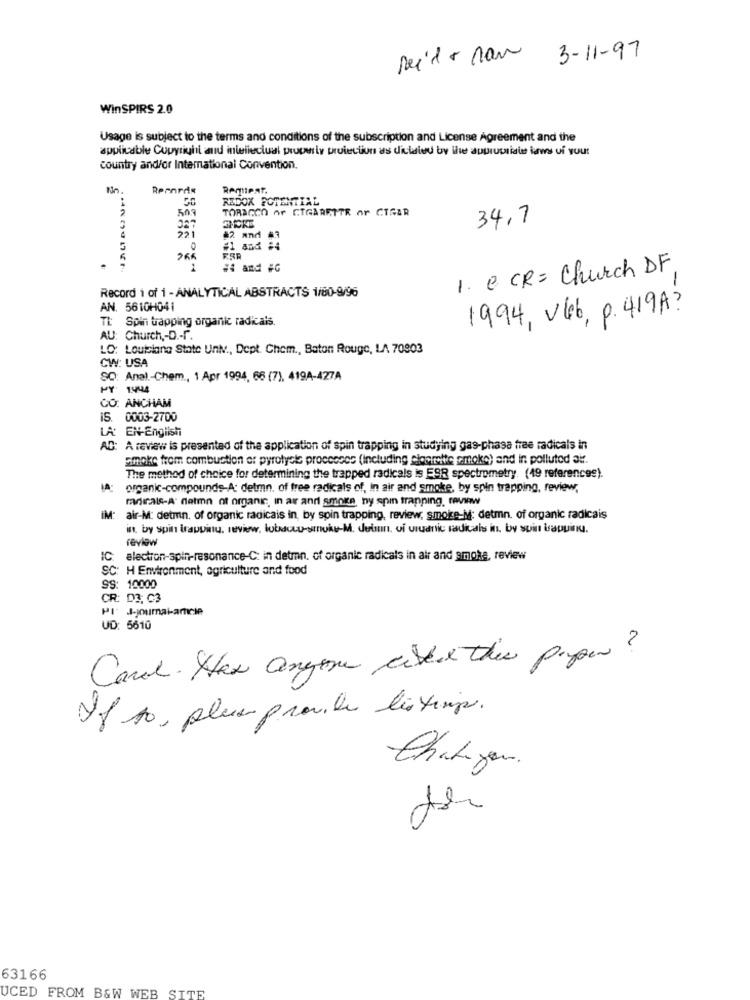
seide non
3-11-97
WinSPIRS 2.0
Usage is subject to the terms and conditions of the subscription and License Agreement and the
applicable Copyright and intellectual property protection as dictated by the apurucriales ias of your
country and/or International Convention.
Wo.
Rentiest.
50
REDOX POTENTIAL
2
TORAGCO AF CIGARETTR Ar CTGAR
34.7
221
#2 and #3
#1 and #4
.
# and #G
1. e CR = Church DF
Record i of i - ANALYTICAL ABSTRACTS 1/80-9/96
AN. 5610H041
TL
Spin trapping organic radicals.
1994, Uleb, p. 419A?
AU: Church ,- D .- r.
LO: Louisiana State Univ ., Dept. Chem ., Baton Rouge, LA 70803
CW: USA
SO: Anal .- Chem ., 1 Apr 1994, 66 (7), 4194-427A
CO: ANCHAM
IS. 0003-2700
LA: EN-English
AC: A review is presented of the application of spin trapping in studying gas-phasa free radicals in
smoke from combustion of pyrolysle processos (including cigarette smoke) and in polluted air.
The method of choice for determining the trapped radicals is E9R spectrometry. (19 references).
IA:
organic-compounds-A: detmn, of free radicals of, In air and smoke, by spin trapping, review,
mdals-A datmn of organic in ar and smoke, ny spin trapping. review
IM:
air-M: detmn. of organic radicais in, by spin trapping, review, smoke-M; detmn. of organic radicais
in by spin trapvinu, review, lubsacwu-smoke-M. duin. of uluanic radicais in. by soin baQuinu.
review
IC: electron-spin-resonance-C: in detmn, of organic radicals in air and smoke, review
SC: H Environment, agriculture and food
SS: 10000
CR: D3: 03
PI J-joumai-arcie
UD: 5610
Card. Has anyone webex this paper?
If 10, plus provide listisp.
thategen.
de
63166
UCED FROM B&W WEB SITE